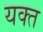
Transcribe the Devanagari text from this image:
यक्त